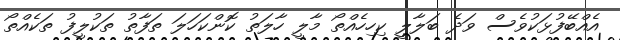
އެއްބޭފުޅަކުވެސް ވަދެ ބަލާލީ ކިހިހެއްތޯ މާލީ ހާލަތު ކޮންކަހަލަ ތަފާތު ތަކުލީފު ތަކެއްތޯ